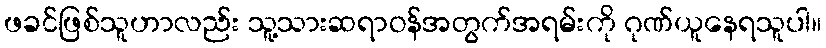
ဖခင်ဖြစ်သူဟာလည်း သူ့သားဆရာဝန်အတွက်အရမ်းကို ဂုဏ်ယူနေရသူပါ။